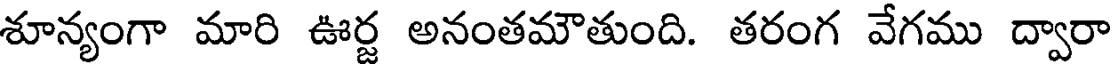
శూన్యంగా మారి ఊర్జ అనంతమౌతుంది. తరంగ వేగము ద్వారా